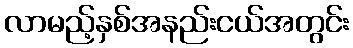
လာမည့်နှစ်အနည်းငယ်အတွင်း